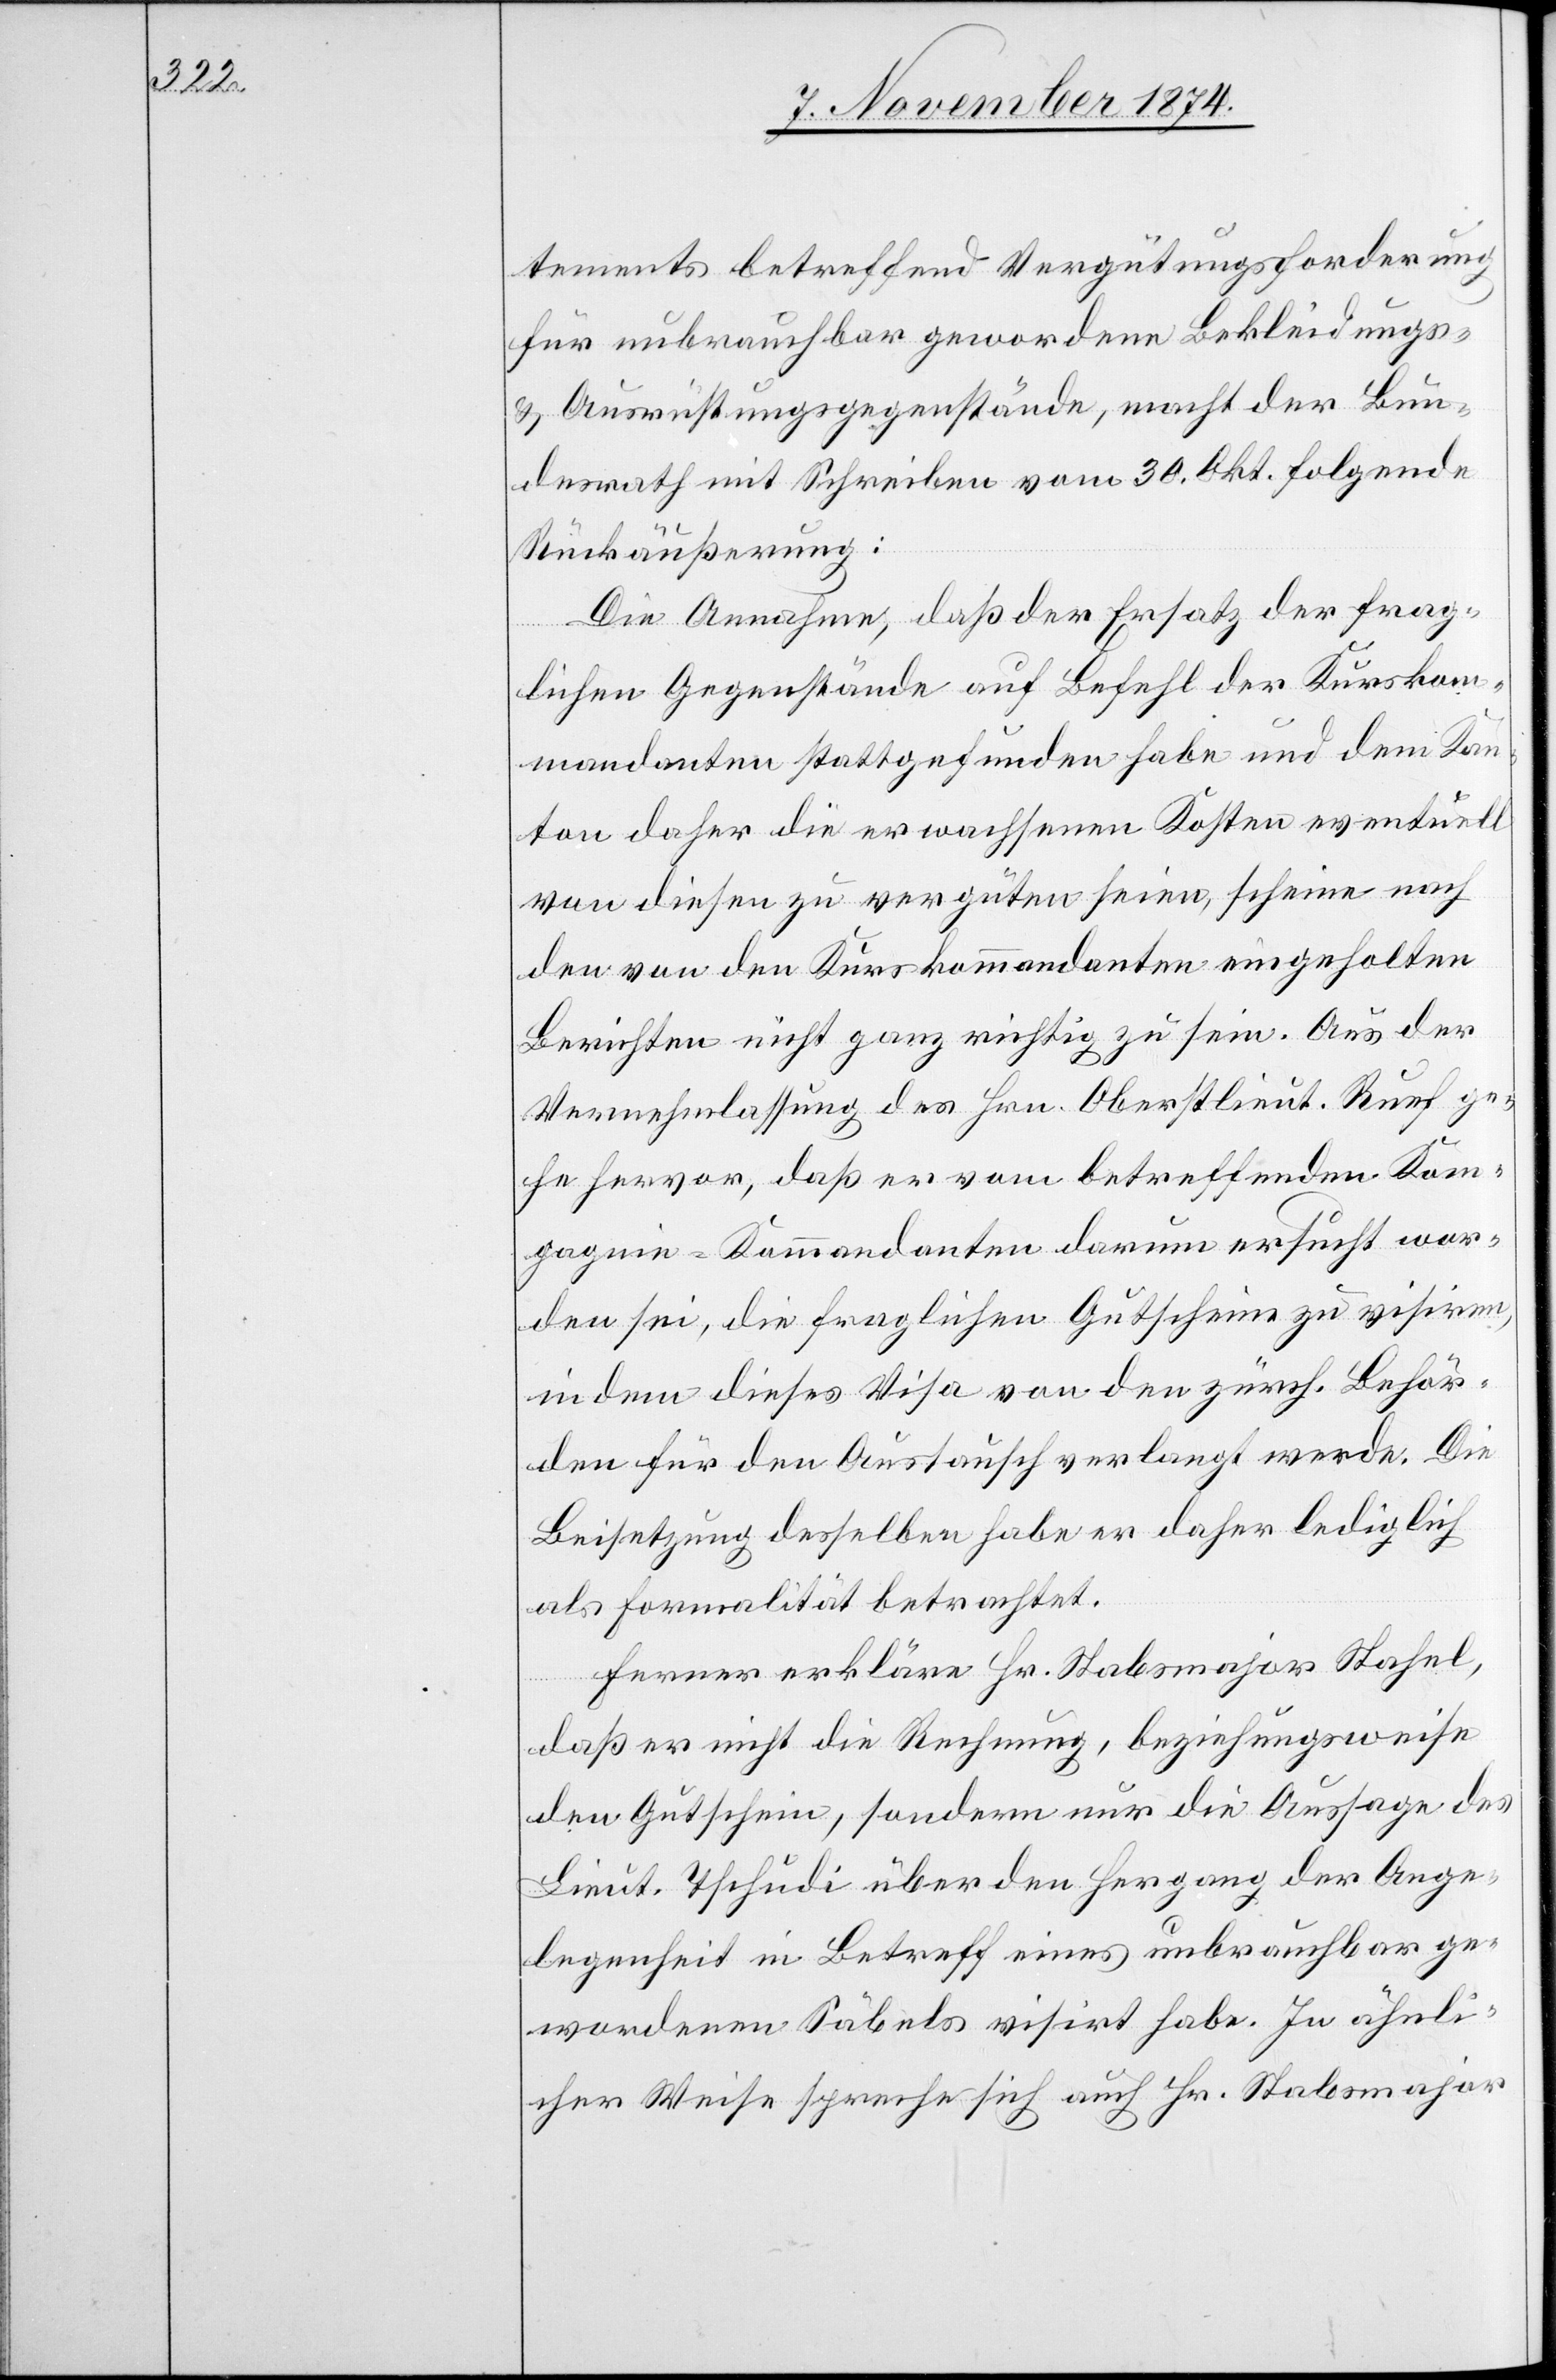
tements betreffend Vergütungsforderung
für unbrauchbar gewordene Bekleidungs-
& Ausrüstungsgegenstände, macht der Bun¬
desrath mit Schreiben vom 30. Okt. folgende
Rückäußerung:
Die Annahme, daß der Ersatz der frag¬
lichen Gegenstände auf Befehl der Kurskom¬
mandanten stattgefunden habe und dem Kan¬
ton daher die erwachsenen Kosten eventuell
von diesen zu vergüten seien, scheine nach
den von den Kurskommandanten eingeholten
Berichten nicht ganz richtig zu sein. Aus der
Vernehmlassung des Hrn. Oberstlieut. Ruef ge¬
he hervor, daß er vom betreffenden Kom¬
pagnie-Kommandanten darum ersucht wor¬
den sei, die fraglichen Gutscheine zu visiren,
in dem dieses Visa von den zürch. Behör¬
den für den Austausch verlangt werde. Die
Beisetzung desselben habe er daher lediglich
als Formalität betrachtet.
Ferner erkläre Hr. Stabsmajor Stahel,
daß er nicht die Rechnung, beziehungsweise
den Gutschein, sondern nur die Aussage des
Lieut. Tschudi über den Hergang der Ange¬
legenheit in Betreff eines unbrauchbar ge¬
wordenen Säbels visirt habe. In ähnli¬
cher Weise spreche sich auch Hr. Stabsmajor